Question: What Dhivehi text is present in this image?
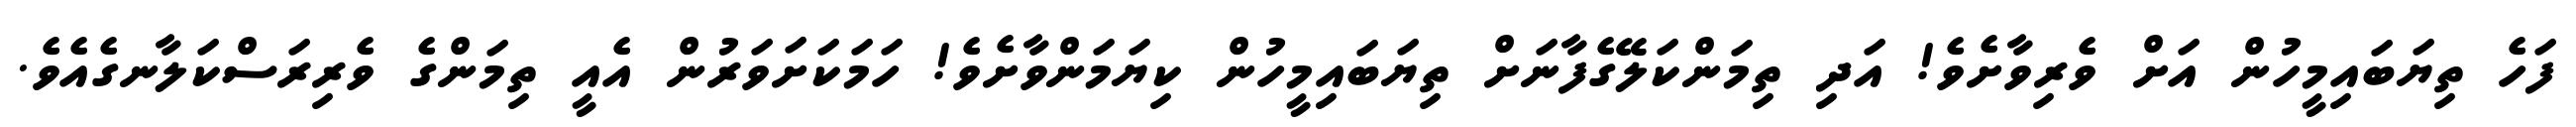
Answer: ފަހެ ތިޔަބައިމީހުން އަށް ވެރިވާށެވެ! އަދި ތިމަންކަލޭގެފާނަށް ތިޔަބައިމީހުން ކިޔަމަންވާށެވެ! ހަމަކަށަވަރުން އެއީ ތިމަންގެ ވެރިރަސްކަލާނގެއެވެ.